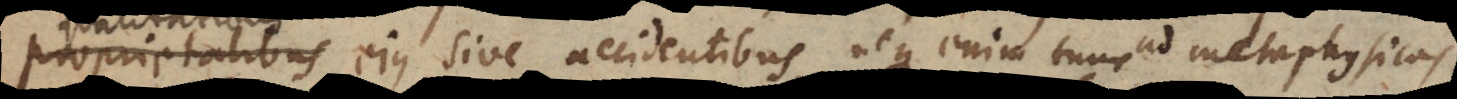
qualitatibus ejus sive accidentibus, neque enim tunc ad metaphysicas